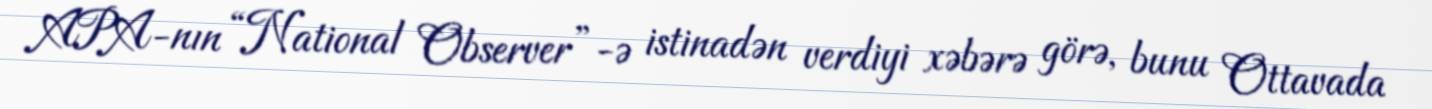
APA-nın “National Observer”-ə istinadən verdiyi xəbərə görə, bunu Ottavada